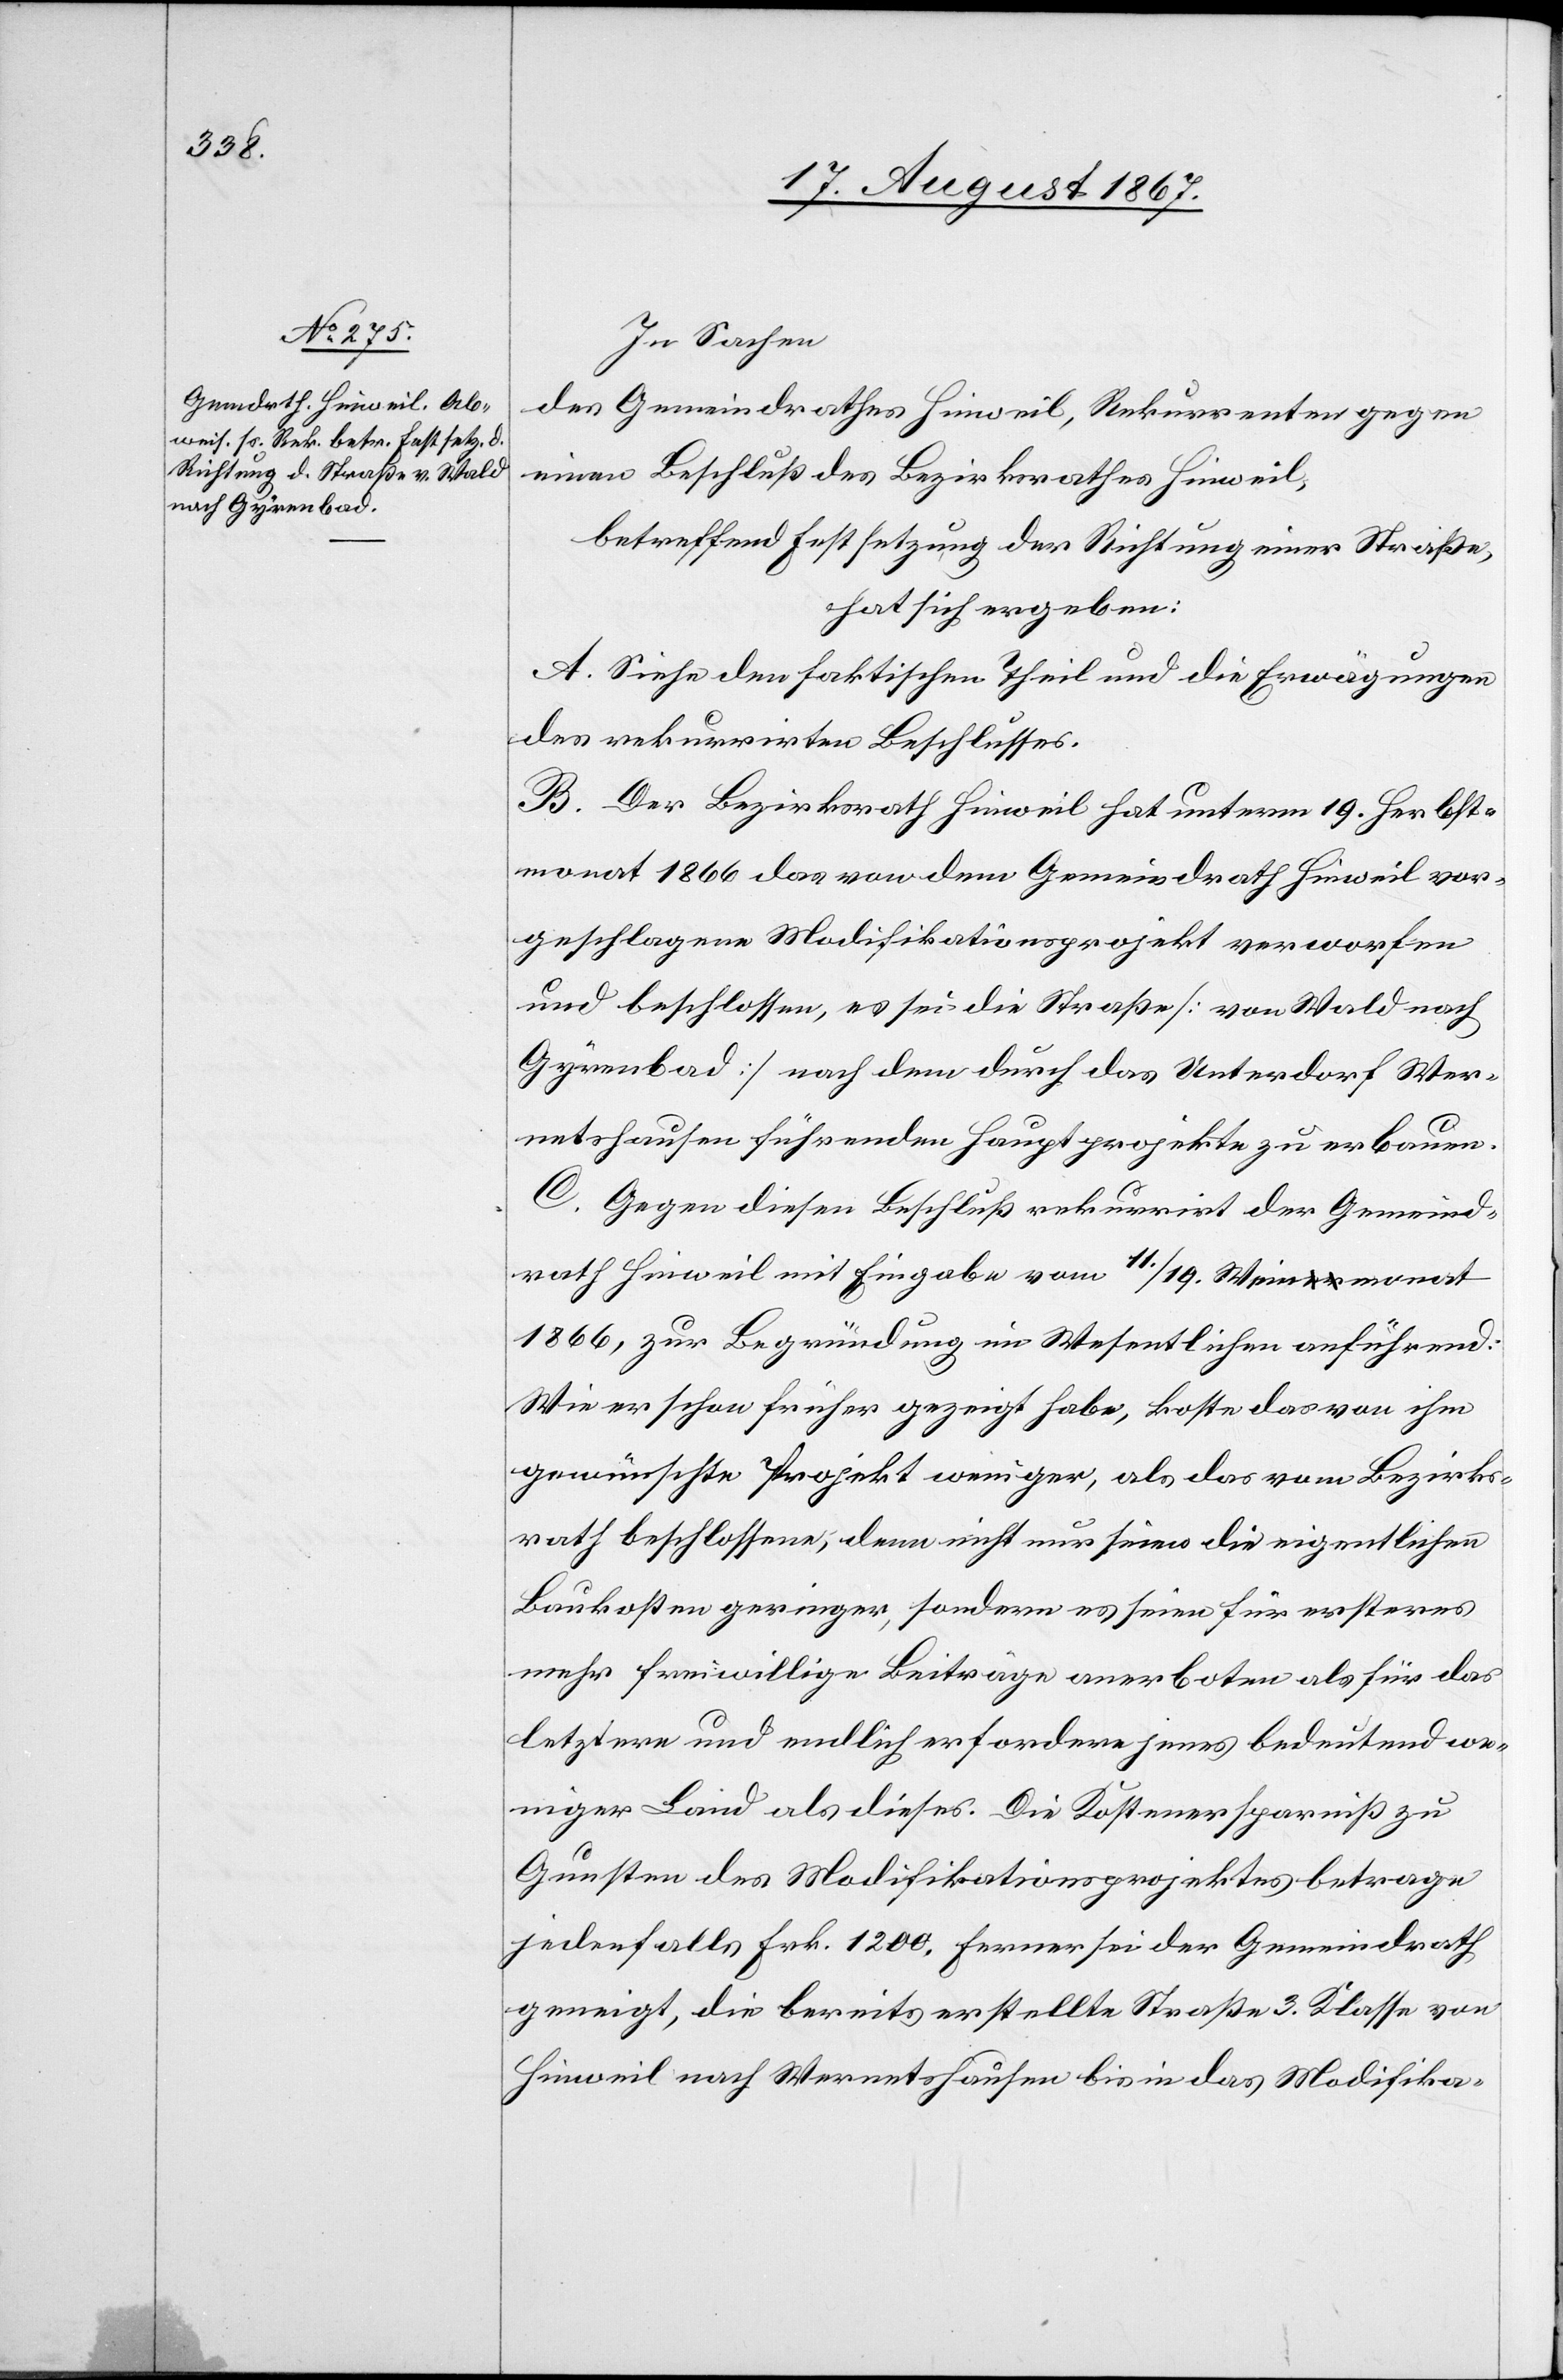
In Sachen
des Gemeindrathes Hinweil, Rekurrenten gegen
einen Beschluß des Bezirksrathes Hinweil,
betreffend Festsetzung der Richtung einer Straße,
hat sich ergeben:
A. Siehe den faktischen Theil und die Erwägungen
des rekurrirten Beschlusses.
B. Der Bezirksrath Hinweil hat unterm 19. Herbst¬
monat 1866 das von dem Gemeindrath Hinweil vor¬
geschlagene Modifikationsprojekt verworfen
und beschlossen, es sei die Straße [von Wald nach
Gyrenbad] nach dem durch das Unterdorf Wer¬
netshausen führenden Hauptprojekte zu erbauen.
C. Gegen diesen Beschluß rekurrirt der Gemeind¬
rath Hinweil mit Eingabe vom 11./19. Weinmonat
1866, zur Begründung im Wesentlichen anführend:
Wie er schon früher gezeigt habe, koste das von ihm
gewünschte Projekt weniger, als das vom Bezirks¬
rath beschlossene; denn nicht nur seien die eigentlichen
Baukosten geringer, sondern es seien für ersteres
mehr freiwillige Beiträge anerboten als für das
letztere und endlich erfordere jenes bedeutend we¬
niger Land als dieses. Die Kostenersparniß zu
Gunsten des Modifikationsprojektes betrage
jedenfalls Frk. 1200. Ferner sei der Gemeindrath
geneigt, die bereits erstellte Straße 3. Klasse von
Hinweil nach Wernetshausen bis in das Modifika-